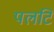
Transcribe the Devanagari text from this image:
पलटि